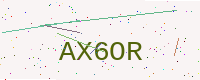
Text: AX6OR